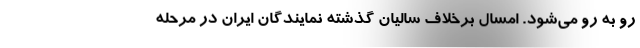
رو به رو می‌شود. امسال برخلاف سالیان گذشته نمایندگان ایران در مرحله